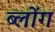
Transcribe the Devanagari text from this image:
ब्लोंग